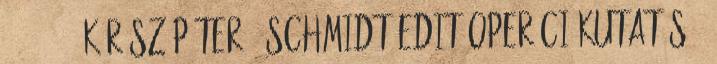
955,- 125 KÁRÁSZ PÉTER – SCHMIDT EDIT OPERÁCIÓKUTATÁS 1